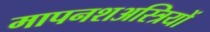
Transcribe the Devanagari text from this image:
मापनशअस्त्रियों